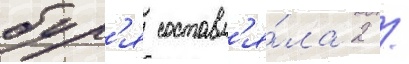
бул'я составл'я́ла 2 /